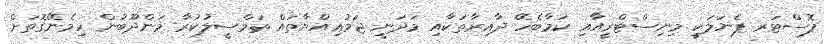
ޕޮސްޓަރ ޕެނަލަކީ މިނިސްޓްރީއާއި ކަމާބެހޭ ދާއިރާތަކާއި މަދަނީ ޖަމުޢިއްޔާތައް ތަމްސީލުކުރާ މަންދޫބުން ހިމެނޭގޮތަށް